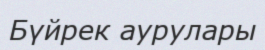
Бүйрек аурулары